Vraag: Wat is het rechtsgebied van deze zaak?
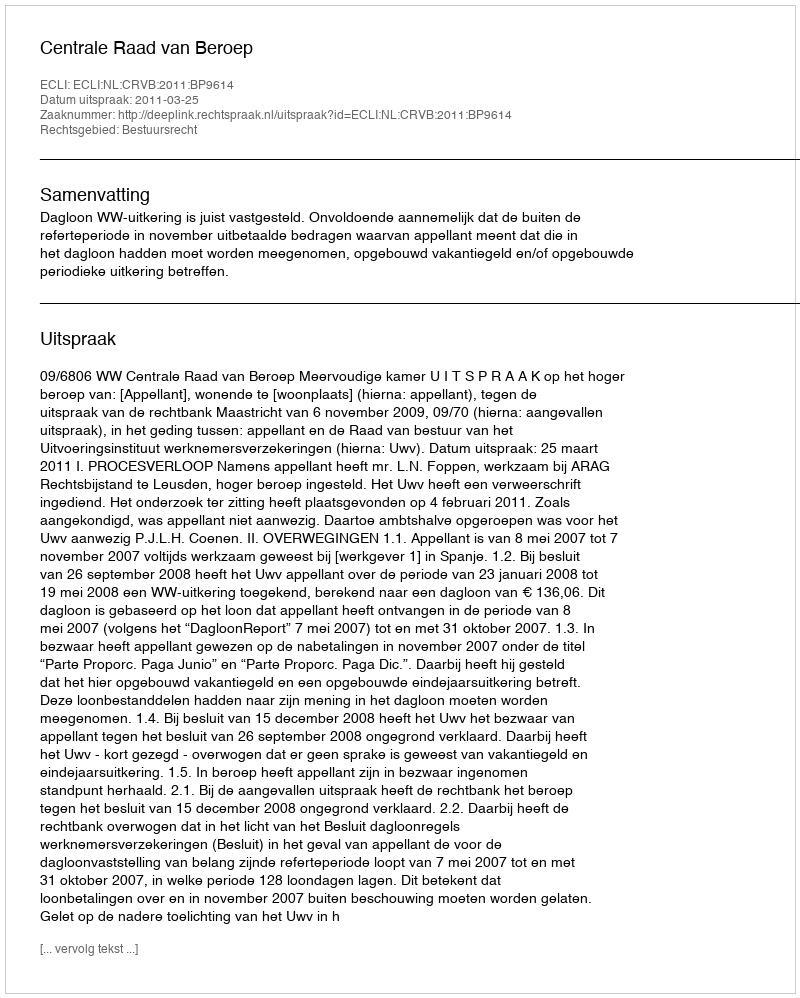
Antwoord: Bestuursrecht